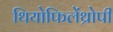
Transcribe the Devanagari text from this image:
थियोफिलेंथ्रोपी